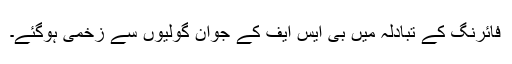
فائرنگ کے تبادلہ میں بی ایس ایف کے جوان گولیوں سے زخمی ہوگئے۔